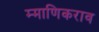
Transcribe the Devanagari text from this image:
म्माणिकराव